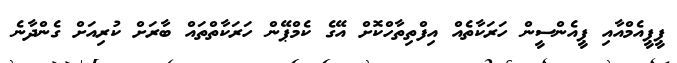
ޕީޕީއެމްއާއި ޕީއެންސީން ހަރަކާތެއް އިފްތިތާހްކޮށް އޭގެ ކެމްޕޭން ހަރަކާތްތައް ބާރަށް ކުރިއަށް ގެންދާނެ